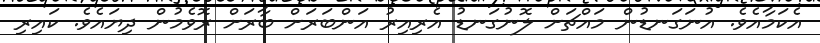
އެކަމާއެވެ. އުނަގަނޑުން މައްޗަށް ލޮނުގަނޑު އެރިއިރު އަންބަރަށް ބާރަށް ރޮވެމުން ދިޔައެވެ. ކައިރި